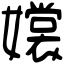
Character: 𡣖